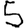
Digit: 5